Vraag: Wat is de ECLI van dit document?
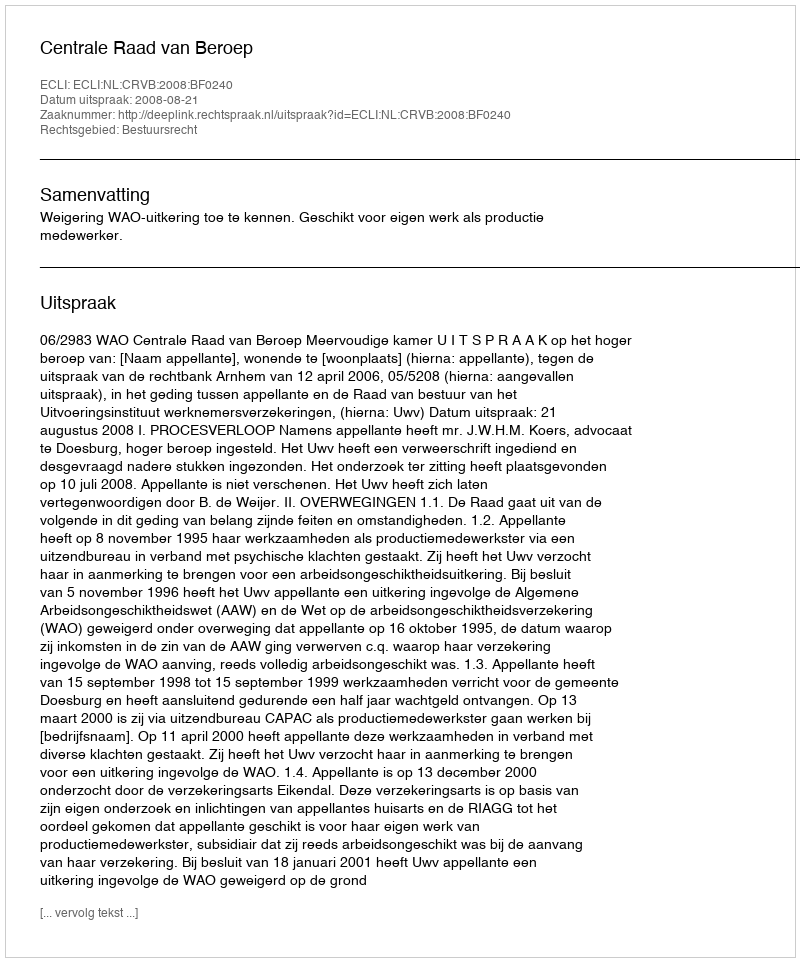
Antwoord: ECLI:NL:CRVB:2008:BF0240